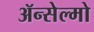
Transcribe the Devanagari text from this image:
ॲन्सेल्मो